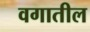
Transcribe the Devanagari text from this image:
वगातील